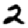
Digit: 2